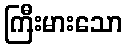
ကြီးမားသော